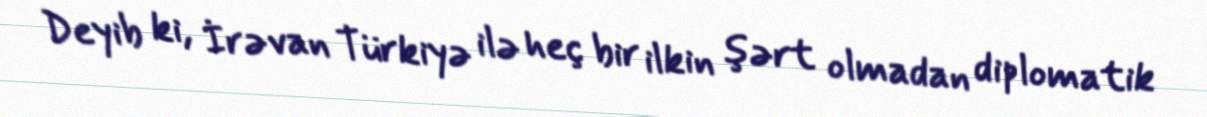
Deyib ki, İrəvan Türkiyə ilə heç bir ilkin şərt olmadan diplomatik